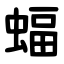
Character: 蝠